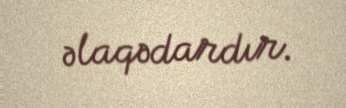
əlaqədardır.